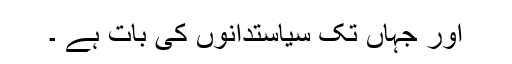
اور جہاں تک سیاستدانوں کی بات ہے ۔